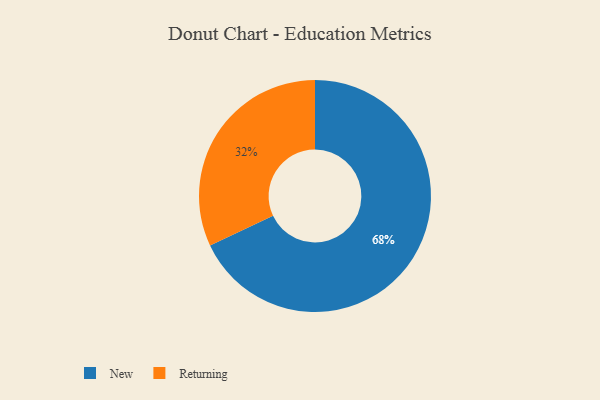
{"axis": {"x": "Category", "y": "Percentage"}, "legend": ["New", "Returning"], "data": [{"x": "Returning", "y": 32, "type": "Returning"}, {"x": "New", "y": 68, "type": "New"}]}